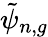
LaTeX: \tilde{\psi}_{n,g}